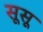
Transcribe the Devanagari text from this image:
सूसू